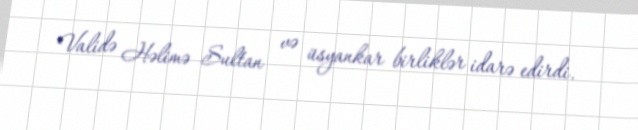
Validə Həlimə Sultan və üsyankar birliklər idarə edirdi.